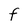
Character: f